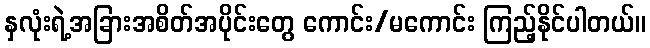
နှလုံးရဲ့အခြားအစိတ်အပိုင်းတွေ ကောင်း/မကောင်း ကြည့်နိုင်ပါတယ်။